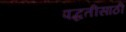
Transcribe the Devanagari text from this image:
पद्धतीसाठी